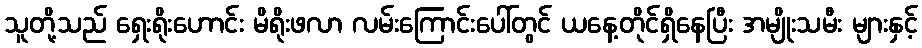
သူတို့သည် ရှေးရိုးဟောင်း မိရိုးဖလာ လမ်းကြောင်းပေါ်တွင် ယနေ့တိုင်ရှိနေပြီး အမျိုးသမီး များနှင့်